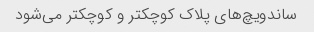
ساندویچ‌های پلاک کوچکتر و کوچکتر می‌شود